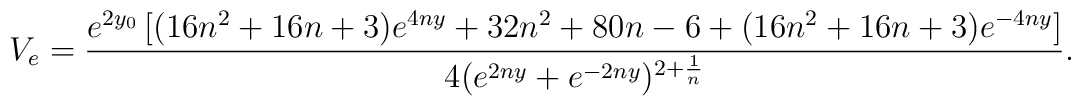
V_{e} = \frac{e^{2y_0}\left[(16n^2+16n+3)e^{4ny}+32n^2+80n-6                       +(16n^2+16n+3)e^{-4ny}\right]}            {4(e^{2ny}+e^{-2ny})^{2+\frac{1}{n}}}.